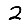
Digit: 2